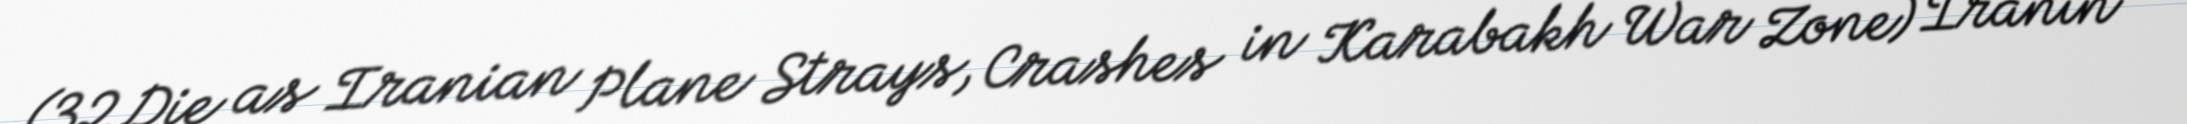
(32 Die as Iranian Plane Strays, Crashes in Karabakh War Zone) İranın